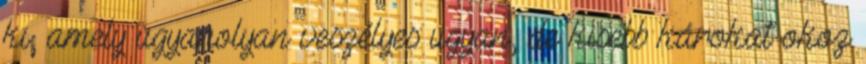
ki, amely ugyanolyan veszélyes ugyan, de kisebb károkat okoz